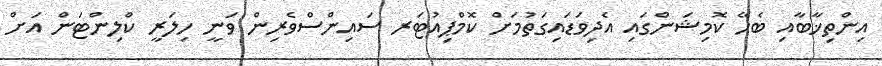
އިންތިޚާބާއި ބެހޭ ކޮމިޝަންގައި އެދިވަޑައިގަތުމަށް ކޮމްޕިއުޓަރ ސައިންސްވެރިން ވަނީ ހިލަރީ ކްލިންޓަން އަށް